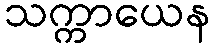
သက္ကာယေန